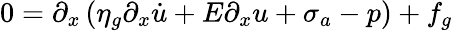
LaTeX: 0=\partial_{x}\left(\eta_{g}\partial_{x}\dot{u}+E\partial_{x}u+\sigma_{a}-p\right)+f_{g}